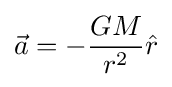
{\vec {a}}=-{\frac {GM}{r^{2}}}{\hat {r}}